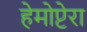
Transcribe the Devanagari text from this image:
हेमोप्टेरा